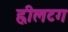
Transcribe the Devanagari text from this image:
ह्वीलटग